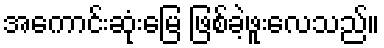
အကောင်းဆုံးမြေ ဖြစ်ခဲ့ဖူးလေသည်။